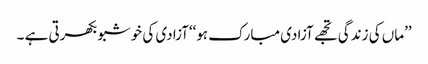
’’ماں کی زندگی تجھے آزادی مبارک ہو‘‘آزادی کی خوشبو بکھرتی ہے ۔